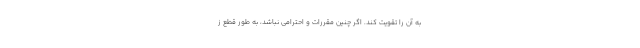
به آن را تقویت کند. اگر چنین مقررات و احترامی نباشد، به طور قطع ز